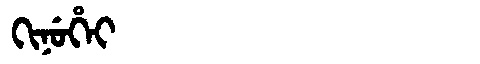
Manchu: ᡴᡳᠨᡠᡥᡝᡳ
Romanization: KINUHEI